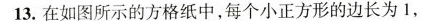
13.在如图所示的方格纸中，每个小正方形的边长为1，